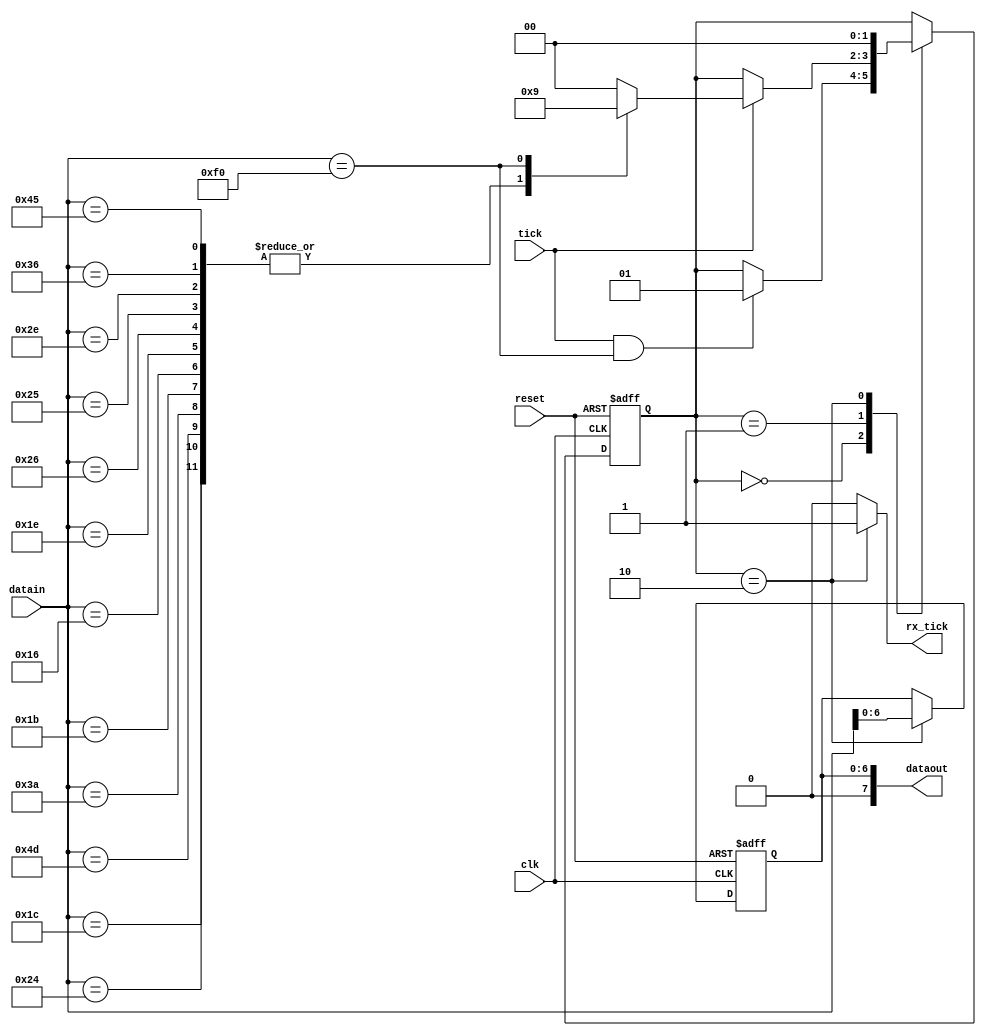
`timescale 1ns / 1ps
//////////////////////////////////////////////////////////////////////////////////
// Company: 
// Engineer: 
// Module Name:    ps2_filtro1 
//////////////////////////////////////////////////////////////////////////////////

module ps2_filtro(
	input wire clk,
	input wire reset,
	input wire tick,
	input wire [7:0] datain,
	output wire rx_tick,
	//output wire nada2,
	output wire [7:0] dataout
    );
	 
reg[1:0] state_reg, state_next;
reg n_tick;
reg [6:0] dtemp_reg, dtemp_next;

localparam
	idle = 2'b00,
	read = 2'b01,
	load = 2'b10;
	
initial
	begin
		dtemp_reg = 0;
		dtemp_next = 0;
	end

always@(posedge clk, posedge reset)
	begin
		if(reset)
			begin
				state_reg <= idle;
				dtemp_reg <= 0;
			end
		else
			begin
				state_reg <= state_next;
				dtemp_reg <= dtemp_next;
			end
	end

always @*
	begin
		state_next = state_reg;
		dtemp_next = dtemp_reg;
		n_tick = 0;
		case(state_reg)
			idle:
				begin
					if(tick & datain ==8'hF0)
						state_next = read;
				end
			read:
				if(tick)
					begin
						case(datain)
							8'h1C: state_next = load;
							8'h24: state_next = load;
							8'h4D: state_next = load;
							8'h3A: state_next = load;
							8'h1B: state_next = load;
							8'h16: state_next = load;
							8'h1E: state_next = load;
							8'h26: state_next = load;
							8'h25: state_next = load;
							8'h2E: state_next = load;
							8'h36: state_next = load;
							8'h45: state_next = load;
							8'hF0: state_next = read;
							default: state_next = idle;
						endcase
					end
			load:
				begin
					dtemp_next = datain[6:0];
					state_next = idle;
					n_tick = 1'b1;
				end
		endcase
	end
	
	assign rx_tick = n_tick;
	assign dataout = {1'b0,dtemp_reg};
	//assign nada2 = dtemp_reg[7];

endmodule